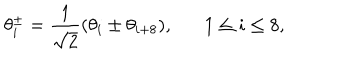
\theta _ { i } ^ { \pm } = \frac { 1 } { \sqrt { 2 } } ( \theta _ { i } \pm \theta _ { i + 8 } ) , 1 \leq i \leq 8 ,